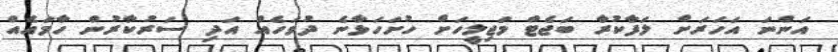
އަންނަ އަހަރަށް ލަފާކުރާ ބަޖެޓް މަޖިލީހަށް ހުށަހަޅާނެ ދުވަހެއް އަދި ސަރުކާރުން ހާމައެއް